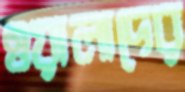
ওয়ালাদের